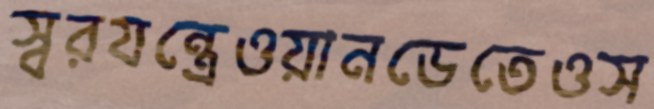
স্বরযন্ত্রেওয়ানডেতেওস